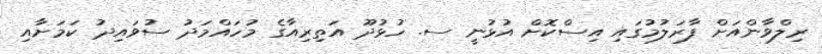
ރިލްވާންއަށް ފާރަލުމުގައި އިސްކޮށް އުޅުނީ ސ. ހުޅުދޫ އަތިރިއާގެ މުހައްމަދު ސުވައިދު ކަމަށާއި